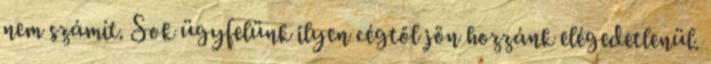
nem számít. Sok ügyfelünk ilyen cégtől jön hozzánk elégedetlenül.